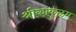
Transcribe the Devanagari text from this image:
श्रीकाकुळम